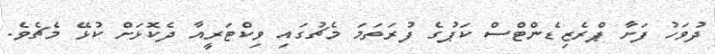
ދުވަހު ފަށާ ޕްރެޒިޑެންޓްސް ކަޕުގެ ފުރަތަމަ މެޗުގައި ވިކްޓަރީއާ ދެކޮޅަށް ކުޅޭ މެޗެވެ.